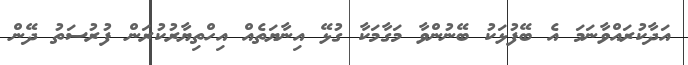
އަދާކުރައްވާނަމަ އެ ބޭފުޅަކު ބޭނުންވާ މަގާމަކާ ގުޅޭ އިނާޔަތެއް އިހްތިޔާރުކުރަން ފުރުސަތު ދޭން